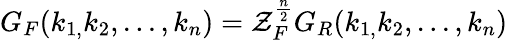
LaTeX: G_{F}(k_{1,}k_{2},...,k_{n})=\mathcal{Z}_{F}^{\frac{n}{2}}G_{R}(k_{1,}k_{2},...,k_{n})